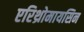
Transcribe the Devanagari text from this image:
एरिथ्रोमायसिन